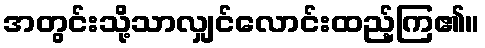
အတွင်းသို့သာလျှင်လောင်းထည့်ကြ၏။